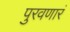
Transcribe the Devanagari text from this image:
पुरवणारं